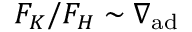
F _ { K } / F _ { H } \sim \nabla _ { \mathrm { a d } }